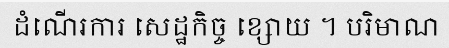
ដំណើរការ សេដ្ឋកិច្ច ខ្សោយ ។ បរិមាណ